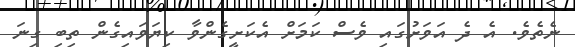
ނެތެވެ. އެ ދެ އަވަށުގައި ވެސް ކަމަށް އެކަށީގެންވާ ކިޔަވައިގެން ތިބި ގިނަ